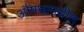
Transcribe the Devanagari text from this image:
औषधामधील